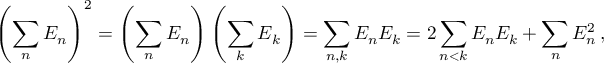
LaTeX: \left( \sum _ { n } E _ { n } \right) ^ { 2 } = \left( \sum _ { n } E _ { n } \right) \left( \sum _ { k } E _ { k } \right) = \sum _ { n , k } E _ { n } E _ { k } = 2 \sum _ { n < k } E _ { n } E _ { k } + \sum _ { n } E _ { n } ^ { 2 } \, ,